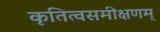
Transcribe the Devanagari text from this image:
कृतित्वसमीक्षणम्